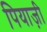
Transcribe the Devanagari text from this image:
पियाज़ी